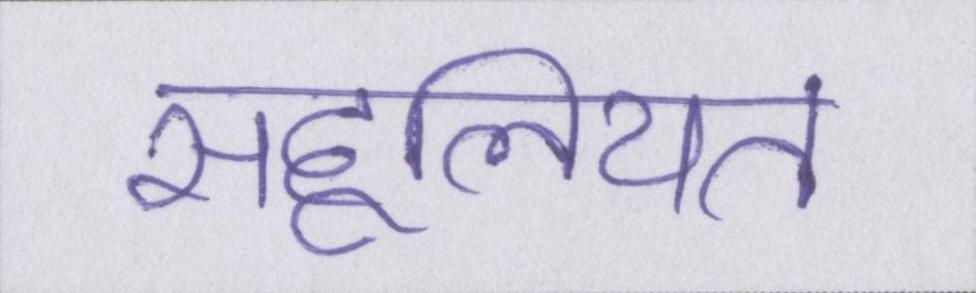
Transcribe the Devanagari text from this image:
सहूलियत